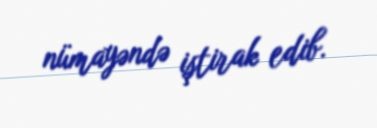
nümayəndə iştirak edib.